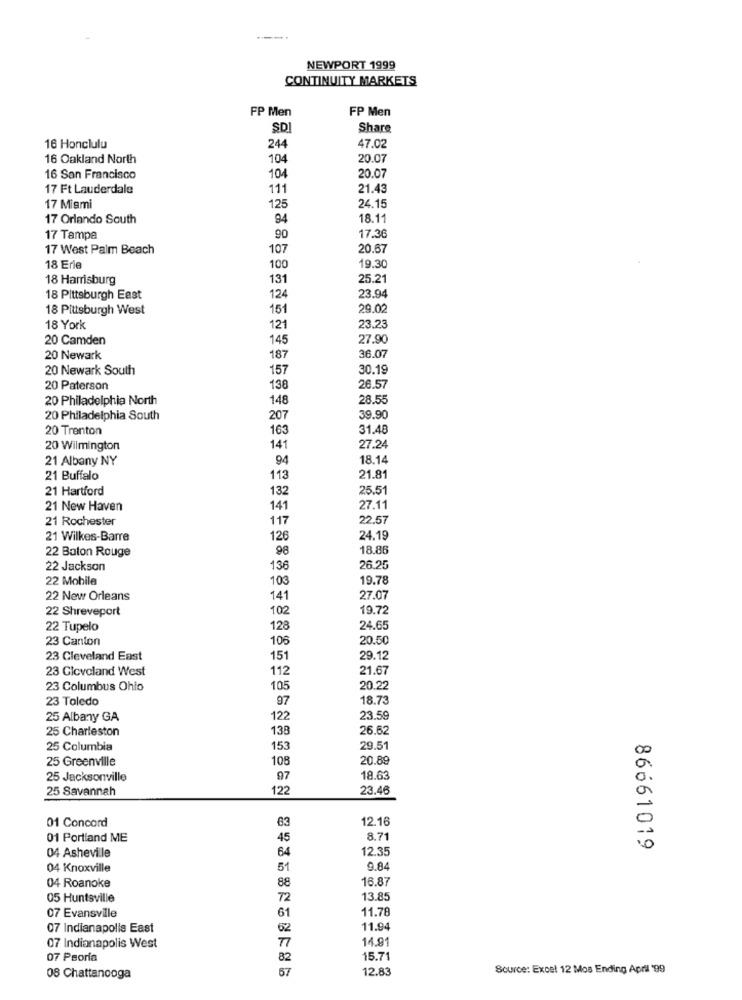
NEWPORT 1999
CONTINUITY MARKETS
FP Men
FP Men
SD
Share
16 Honclulu
244
47.02
16 Oakland North
104
20.07
16 San Francisco
104
20.07
17 Ft Lauderdale
111
21.43
17 Miami
125
24.15
17 Orlando South
94
18.11
17 Tampa
90
17.36
17 West Palm Beach
107
20.67
18 Erie
100
19.30
18 Harrisburg
131
25.21
18 Pittsburgh East
124
23.94
18 Pittsburgh West
151
29.02
18 York
121
23.23
20 Camden
145
27.90
20 Newark
187
36.07
20 Newark South
157
30.19
20 Paterson
138
26.57
20 Philadelphia North
148
28.55
20 Philadelphia South
207
39.90
20 Trenton
163
31.48
20 Wilmington
141
27.24
21 Albany NY
94
18.14
21 Buffalo
113
21.81
21 Hartford
132
25.51
21 New Haven
141
27.11
21 Rochester
117
22.57
21 Wilkes-Barre
126
24.19
22 Baton Rouge
98
18.86
22 Jackson
136
26.25
22 Mobile
103
19.78
22 New Orleans
141
27.07
22 Shreveport
102
19.72
22 Tupelo
128
24.65
23 Canton
106
20.50
23 Cleveland East
151
29.12
23 Cicvoland West
112
21.67
23 Columbus Ohio
105
20.22
23 Toledo
97
18.73
25 Albany GA
122
23.59
25 Charleston
138
26.62
25 Columbia
153
29.51
25 Greenville
108
20.89
25 Jacksonville
97
18.6€
25 Savannah
122
23.46
01 Concord
63
12.16
01 Portland ME
45
8.71
04 Asheville
84
12.35
86661019
04 Knoxville
9.84
88
16.87
04 Roanoke
05 Huntsville
72
13.85
07 Evansville
61
11.78
07 Indianapolis East
62
11.94
77
14.91
07 Indianapolis West
07 Peoria
82
15.71
67
12.83
Source: Excel 12 Mos Ending April '99
08 Chattanooga